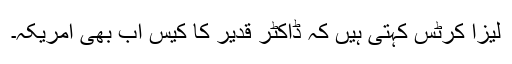
لیزا کرٹس کہتی ہیں کہ ڈاکٹر قدیر کا کیس اب بھی امریکہ۔